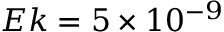
E k = 5 \times 1 0 ^ { - 9 }